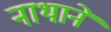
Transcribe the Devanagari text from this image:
नाथाने